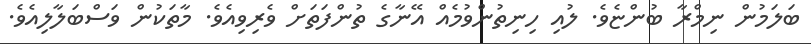
ބަލަމުން ނިމްރާ ބުންޏެވެ. ލުއި ހިނިތުންވުމެއް އޭނާގެ ތުންފަތަށް ވެރިވިއެވެ. މާތަކުން ވަސްބަލާލިއެވެ.